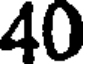
40